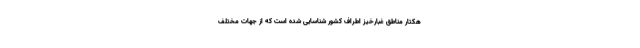
هکتار مناطق غبارخیز اطراف کشور شناسایی‌ شده است که از جهات مختلف